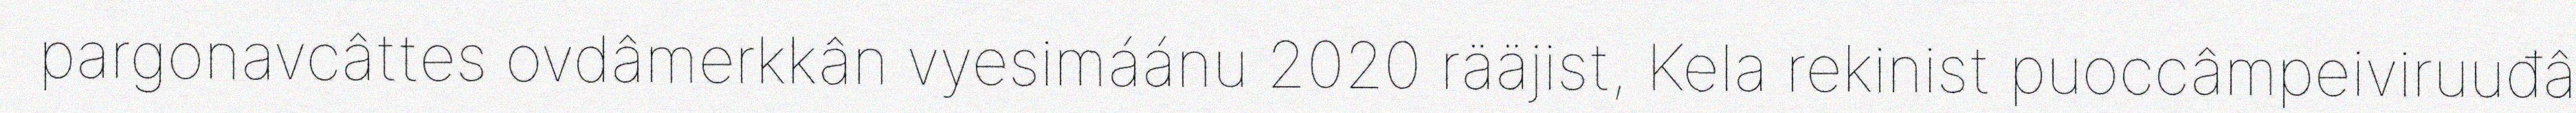
pargonavcâttes ovdâmerkkân vyesimáánu 2020 rääjist, Kela rekinist puoccâmpeiviruuđâ